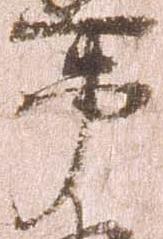
事